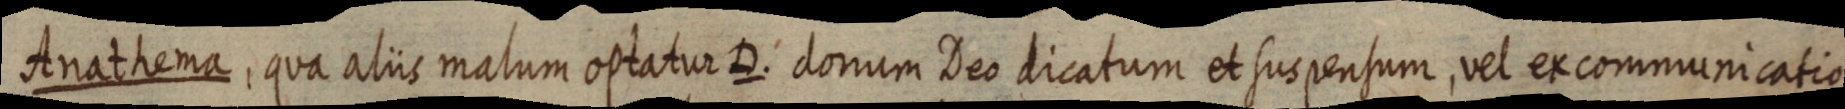
Anathema, qua aliis malum optatur D. donum Deo dicatum et suspensum, vel ex communicatio